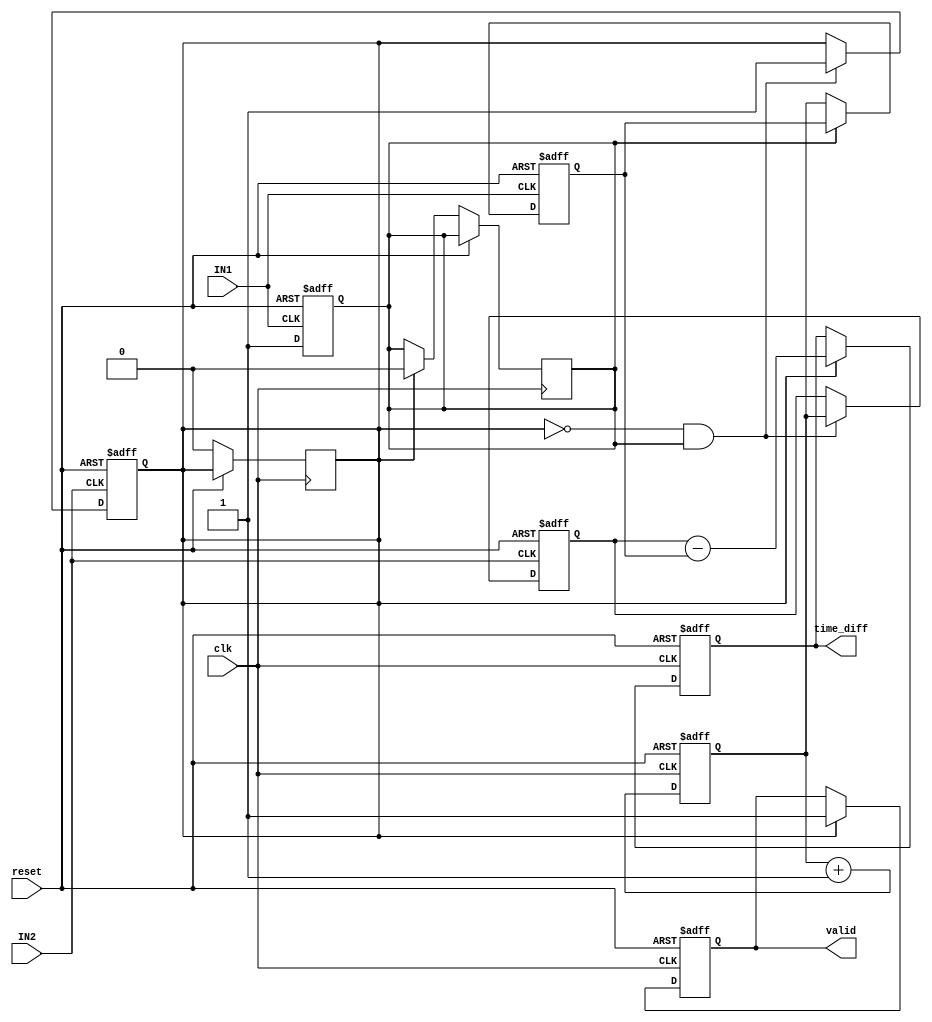
module TDC (
    input wire clk,          // High-resolution clock
    input wire reset,        // Reset signal
    input wire IN1,         // First input signal
    input wire IN2,         // Second input signal
    output reg [31:0] time_diff, // Time difference output
    output reg valid        // Valid output flag
);

    reg [31:0] counter;     // Counter for time measurement
    reg [31:0] timestamp1;  // Timestamp for first edge
    reg [31:0] timestamp2;  // Timestamp for second edge
    reg edge1_detected;     // Flag for first edge detection
    reg edge2_detected;     // Flag for second edge detection

    // Counter logic
    always @(posedge clk or posedge reset) begin
        if (reset) begin
            counter <= 32'b0;
        end else begin
            counter <= counter + 1;
        end
    end

    // Edge detection for IN1
    always @(posedge IN1 or posedge reset) begin
        if (reset) begin
            edge1_detected <= 1'b0;
            timestamp1 <= 32'b0;
        end else if (!edge1_detected) begin
            timestamp1 <= counter; // Capture timestamp on first edge
            edge1_detected <= 1'b1; // Set flag to indicate first edge detected
        end
    end

    // Edge detection for IN2
    always @(posedge IN2 or posedge reset) begin
        if (reset) begin
            edge2_detected <= 1'b0;
            timestamp2 <= 32'b0;
        end else if (!edge2_detected && edge1_detected) begin
            timestamp2 <= counter; // Capture timestamp on second edge
            edge2_detected <= 1'b1; // Set flag to indicate second edge detected
        end
    end

    // Time difference calculation
    always @(posedge clk or posedge reset) begin
        if (reset) begin
            time_diff <= 32'b0;
            valid <= 1'b0;
        end else if (edge2_detected) begin
            time_diff <= timestamp2 - timestamp1; // Calculate time difference
            valid <= 1'b1; // Set valid flag
            // Reset flags for next measurement
            edge1_detected <= 1'b0;
            edge2_detected <= 1'b0;
        end
    end

endmodule